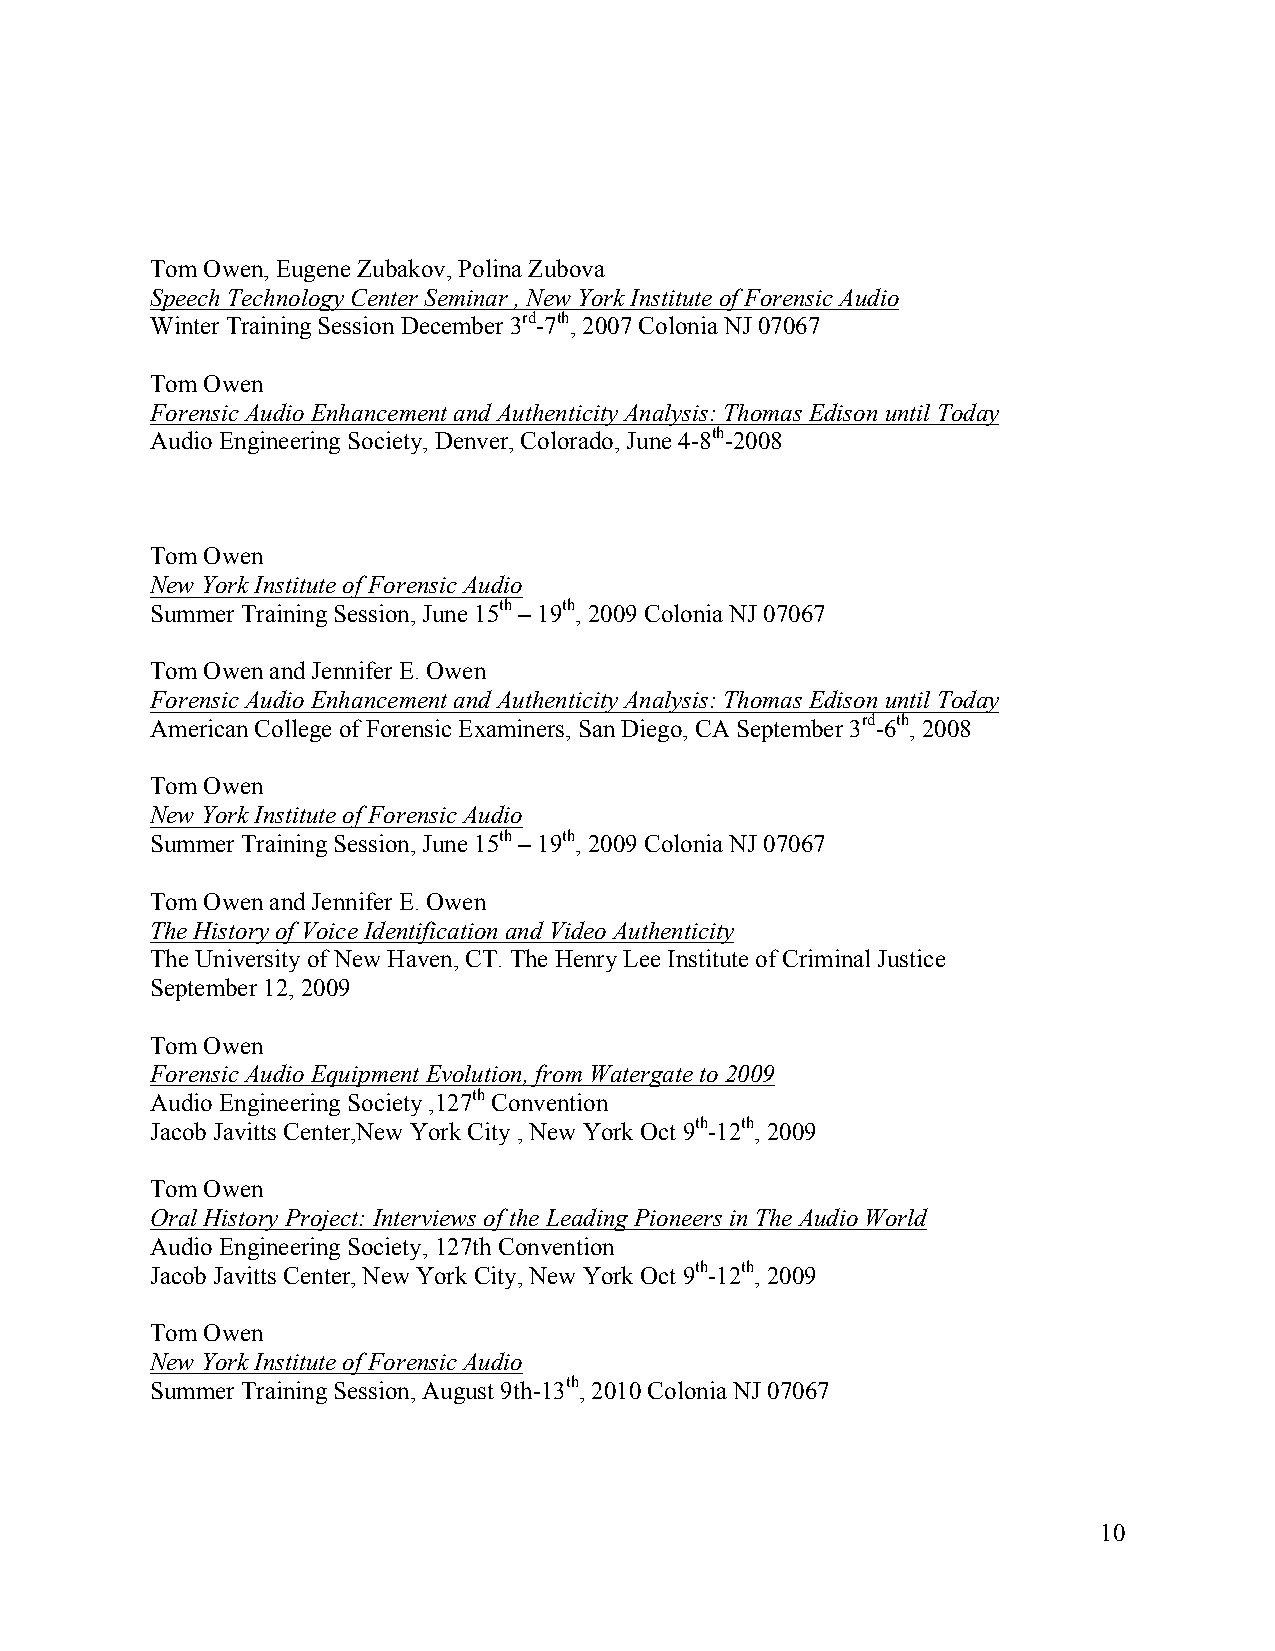
Tom Owen, Eugene Zubakov, Polina Zubova
 Speech Technology Center Seminar , New York Institute of Forensic Audio
 Winter Training Session December 3rd-7th, 2007 Colonia NJ 07067
 Tom Owen
 Forensic Audio Enhancement and Authenticity Analysis: Thomas Edison until Today
 Audio Engineering Society, Denver, Colorado, June 4-8th-2008
 Tom Owen
 New York Institute of Forensic Audio
 Summer Training Session, June 15th – 19th, 2009 Colonia NJ 07067
 Tom Owen and Jennifer E. Owen
 Forensic Audio Enhancement and Authenticity Analysis: Thomas Edison until Today
 American College of Forensic Examiners, San Diego, CA September 3rd-6th, 2008
 Tom Owen
 New York Institute of Forensic Audio
 Summer Training Session, June 15th – 19th, 2009 Colonia NJ 07067
 Tom Owen and Jennifer E. Owen
 The History of Voice Identification and Video Authenticity
 The University of New Haven, CT. The Henry Lee Institute of Criminal Justice
 September 12, 2009
 Tom Owen
 Forensic Audio Equipment Evolution, from Watergate to 2009
 Audio Engineering Society ,127th Convention
 Jacob Javitts Center,New York City , New York Oct 9th-12th, 2009
 Tom Owen
 Oral History Project: Interviews of the Leading Pioneers in The Audio World
 Audio Engineering Society, 127th Convention
 Jacob Javitts Center, New York City, New York Oct 9th-12th, 2009
 Tom Owen
 New York Institute of Forensic Audio
 Summer Training Session, August 9th-13th, 2010 Colonia NJ 07067
 10